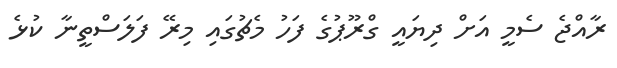
ރާއްޖެ ސެމީ އަށް ދިޔައީ ގްރޫޕުގެ ފަހު މެޗުގައި މިރޭ ފަލަސްތީނާ ކުޅެ